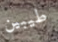
طيبين